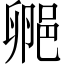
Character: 𬪁